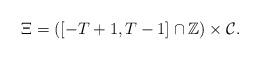
LaTeX: \begin{align*} \Xi =([-T+1,T-1]\cap \mathbb{Z})\times \mathcal{C}.\end{align*}